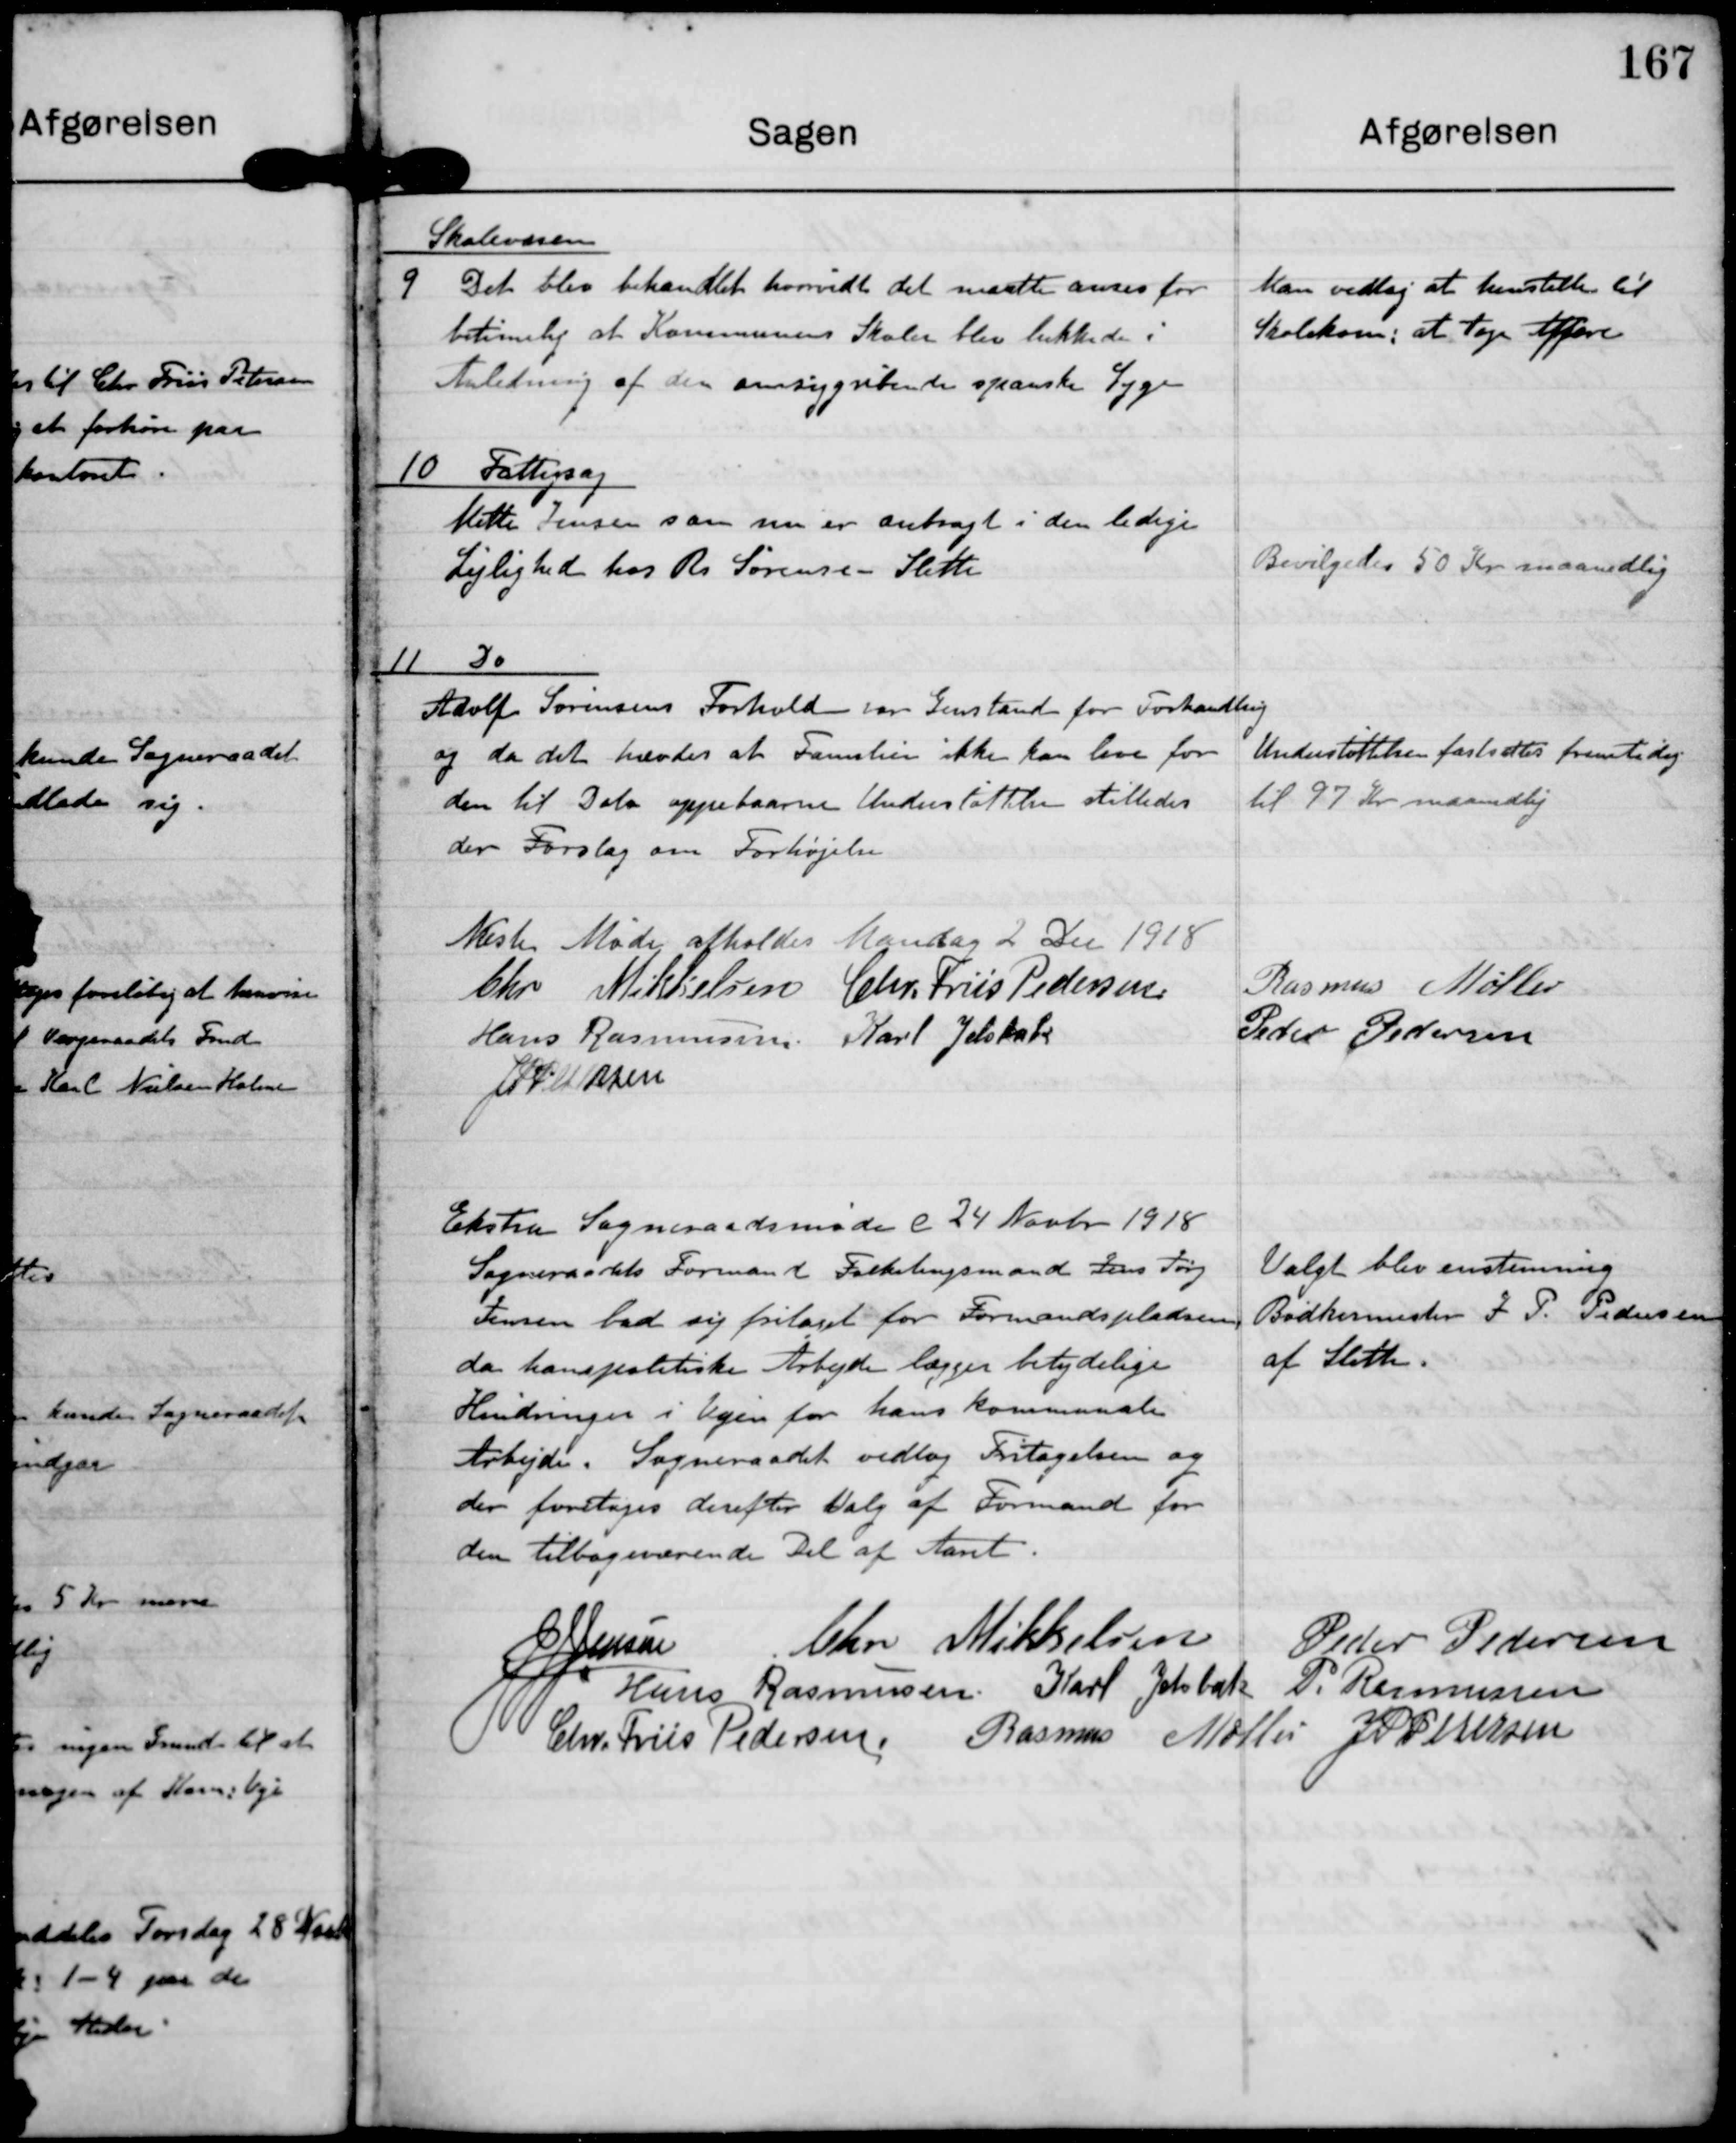
Transskription:
Skolevæsen
9 Det  blev behandlet hvorvidt det maatte anses for
betimelig at Kommunens Skoler blev lukkede i
Anledning af den omsiggribende spanske Syge

Man vedtog at henstille til
Skolekom. at tage Affære

10 Fattigsag
Mette Jensen som nu er anbragt i den ledige
Lejlighed hos R. Sørensen Sleth

Bevilgedes 50 Kr maanedlig

11 do
Adolf Sørensens Forhold var Genstand for Forhandling
og da det hævdes at Familien ikke kan leve for
den til Dato oppebaarne Understøttelse stilledes
der Forslag om forhøjelse.

Understøttelsen fastsættes fremtidig
til 97 kr maanedlig

Næste Møde afholdes Mandag 2 Dec 1918

Chr Mikkelsen

Chr. Friis Pedersen

Rasmus Møller

Hans Rasmussen

Karl Jelsbak

Peder Pedersen

J P Pedersen

Ekstra Sogneraadsmøde d 24 Novbr 1918
Sogneraadets Formand Folketingsmand Jens Jørg.
Jensen bad sig fritaget for Formandspladsen
da hans politiske Arbejde lægger betydelige
Hindringer i Vejen for hans kommunale
Arbejder. Sogneraadet vedtog Fritagelsen og
der foretoges derefter Valg af Formand for
den tilbageværende Del af Aaret.

Valgt blev enstemmig
Bødkermester J P Pedersen
af Sleth

J J Jensen

Chr Mikkelsen

Peder Pedersen

Hans Rasmussen

Karl Jelsbak

P. Rasmussen

Chr. Friis Pedersen

Rasmus Møller

J P Pedersen